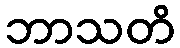
ဘာသတိ